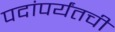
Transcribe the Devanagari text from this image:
पदांपर्यंतची